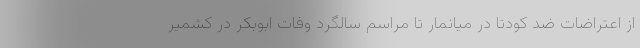
از اعتراضات ضد کودتا در میانمار تا مراسم سالگرد وفات ابوبکر در کشمیر